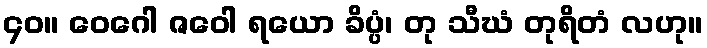
၄၀။ ဝေဂေါ ဇဝေါ ရယော ခိပ္ပံ၊ တု သီဃံ တုရိတံ လဟု။